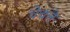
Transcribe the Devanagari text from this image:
चेचले